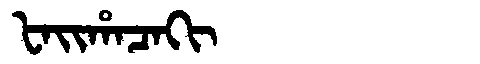
Manchu: ᡶᠠᡳᡥᠠᠴᠠᡴᡳ
Romanization: FAIHACAKI